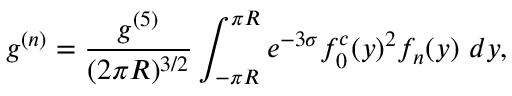
g ^ { ( n ) } = \frac { g ^ { ( 5 ) } } { ( 2 \pi R ) ^ { 3 / 2 } } \int _ { - \pi R } ^ { \pi R } e ^ { - 3 \sigma } f _ { 0 } ^ { c } ( y ) ^ { 2 } f _ { n } ( y ) ~ d y ,